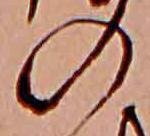
の